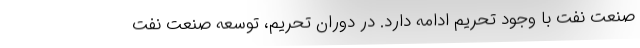
صنعت نفت با وجود تحریم ادامه دارد. در دوران تحریم، توسعه صنعت نفت